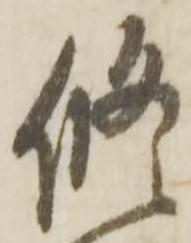
修